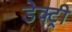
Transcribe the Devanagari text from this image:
डेक्ट्री